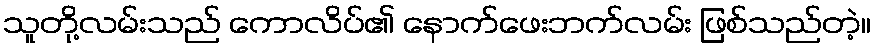
သူတို့လမ်းသည် ကောလိပ်၏ နောက်ဖေးဘက်လမ်း ဖြစ်သည်တဲ့။